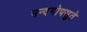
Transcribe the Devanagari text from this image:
नन्दगोपसुते